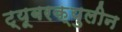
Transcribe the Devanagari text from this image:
ट्यूबरक्युलीन